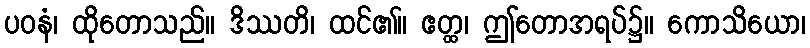
ပဝနံ၊ ထိုတောသည်။ ဒိဿတိ၊ ထင်၏။ ဧတ္ထ၊ ဤတောအရပ်၌။ ကောသိယော၊